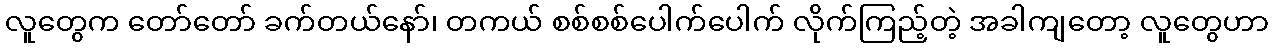
လူတွေက တော်တော် ခက်တယ်နော်၊ တကယ် စစ်စစ်ပေါက်ပေါက် လိုက်ကြည့်တဲ့ အခါကျတော့ လူတွေဟာ